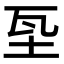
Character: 𡊝